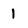
Character: l